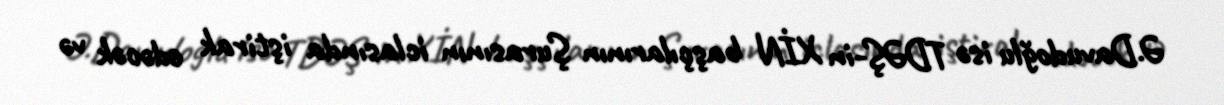
Ə.Davudoğlu isə TDƏŞ-in XİN başçılarının Şurasının iclasında iştirak edəcək və